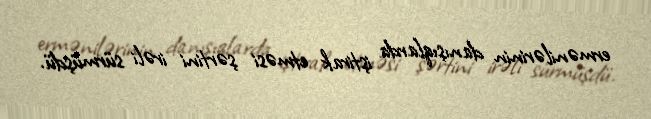
ermənilərinin danışıqlarda iştirak etməsi şərtini irəli sürmüşdü.